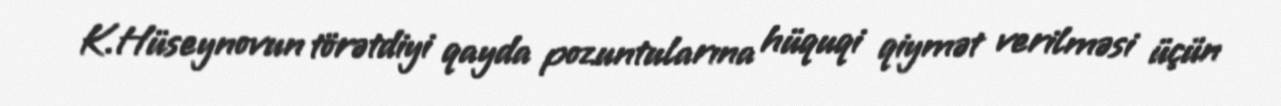
K.Hüseynovun törətdiyi qayda pozuntularına hüquqi qiymət verilməsi üçün